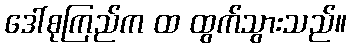
ဒေါ်စုကြည်က ထ ထွက်သွားသည်။